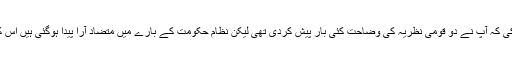
میں نے عرض کی کہ آپ نے دو قومی نظریہ کی وضاحت کئی بار پیش کردی تھی لیکن نظام حکومت کے بارے میں متضاد آرا پیدا ہوگئی ہیں اس کا کیا کریں گے؟